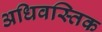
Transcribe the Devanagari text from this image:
अधिवस्तिक